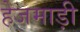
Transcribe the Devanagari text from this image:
हेजमाड़ी